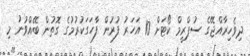
ދިވެހިރާއްޖޭގެ ސުޕްރީމް ކޯޓަށް 10 އަހަރު ފުރުން ފާހަގަކުރުމުގެ ގޮތުން ބޭއްވުނު މި